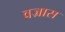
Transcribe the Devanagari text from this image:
वज्रास